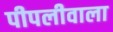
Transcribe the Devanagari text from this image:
पीपलीवाला